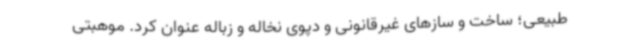
طبیعی؛ ساخت و سازهای غیرقانونی و دپوی نخاله و زباله عنوان کرد. موهبتی